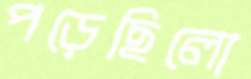
পড়েছিলো